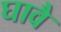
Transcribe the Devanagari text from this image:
घावै